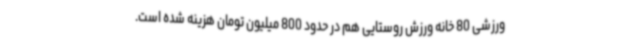
ورزشی 80 خانه ورزش روستایی هم در حدود 800 میلیون تومان هزینه شده است.